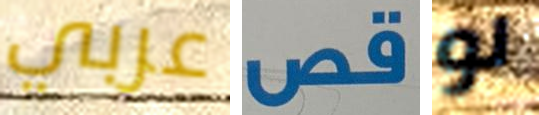
عربي قص لو